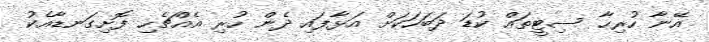
އޭނާ ހުރިހާ ސިޓީތައް ކުޑަ ދަބަހަކަށް އަޅާފައި ދެން ހުރި އެއްޗެހި ފޮށިގަނޑާއެކު